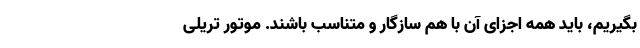
بگیریم، باید همه اجزای آن با هم سازگار و متناسب باشند. موتور تریلی